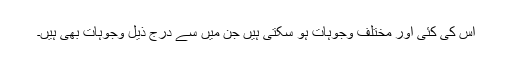
اس کی کئی اور مختلف وجوہات ہو سکتی ہیں جن میں سے درج ذیل وجوہات بھی ہیں۔